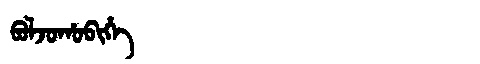
Manchu: ᠪᠣᠯᠵᠣᡥᠣᠪᡳᡥᡝ
Romanization: BOLJOHOBIHE